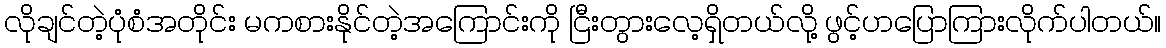
လိုချင်တဲ့ပုံစံအတိုင်း မကစားနိုင်တဲ့အကြောင်းကို ငြီးတွားလေ့ရှိတယ်လို့ ဖွင့်ဟပြောကြားလိုက်ပါတယ်။